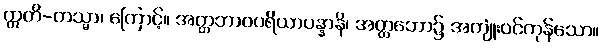
ဣတိ-တသ္မာ၊ ကြောင့်။ အတ္တဘာဝပရိယာပန္နာနိ၊ အတ္တဘော၌ အကျုံးဝင်ကုန်သော။